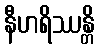
နီဟရိဿန္တိ